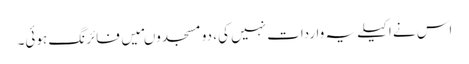
اس نے اکیلے یہ واردات نہیں کی، دو مسجدوںمیں فائرنگ ہوئی۔